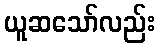
ယူဆသော်လည်း